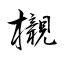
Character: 櫬